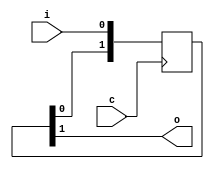
module delay_1 (input c, input [NB-1:0] i, output [NB-1:0] o);
   parameter integer NB = 1;
   parameter integer DEL = 2;
   genvar 	     j;
   generate
      if(DEL > 1) begin
	for(j=0; j<NB; j=j+1) begin: dbit
	   reg [DEL-1:0] dreg = 0;
	   always @ (posedge c)
	     dreg <= {dreg[DEL-2:0], i[j]};
	   assign o[j] = dreg[DEL-1];
	end
      end
      else if(DEL == 1) begin
	 reg [NB-1:0] oq;
	 always @ (posedge c)
	   oq <= i;
	 assign o = oq;
      end
      else begin
	 assign o = i;
      end
   endgenerate
endmodule